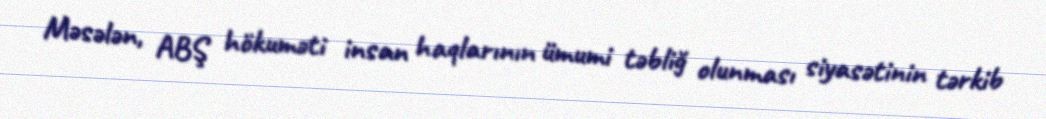
Məsələn, ABŞ hökuməti insan haqlarının ümumi təbliğ olunması siyasətinin tərkib